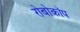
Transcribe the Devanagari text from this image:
रोबोकॉप